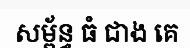
សម្ព័ន្ធ ធំ ជាង គេ